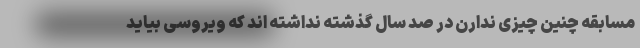
مسابقه چنین چیزی ندارن در صد سال گذشته نداشته اند که ویروسی بیاید